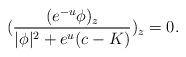
LaTeX: \begin{align*}(\frac{(e^{-u}\phi)_z}{|\phi|^2+e^u(c-K)})_{z}=0.\end{align*}